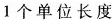
1个单位长度